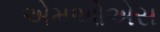
એમઓએસ